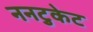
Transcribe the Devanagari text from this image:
ननटुकेट